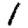
Digit: 1